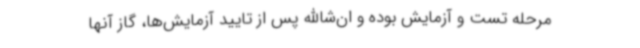
مرحله تست و آزمایش بوده و ان‌شاالله پس از تایید آزمایش‌ها، گاز آنها